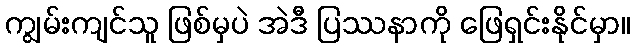
ကျွမ်းကျင်သူ ဖြစ်မှပဲ အဲဒီ ပြဿနာကို ဖြေရှင်းနိုင်မှာ။